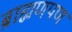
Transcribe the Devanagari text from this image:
ब्राह्मणपण